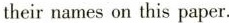
their names on this paper.